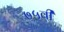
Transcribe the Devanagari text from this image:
७५वी